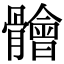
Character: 䯤